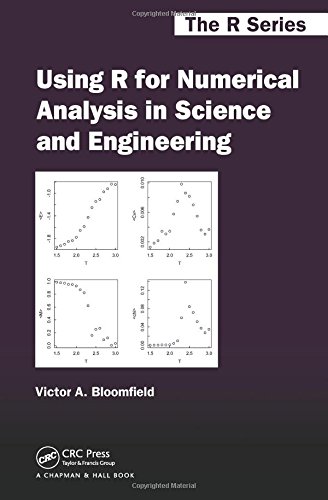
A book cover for Using R for Numerical Analysis in Science and Engineering (Chapman & Hall/CRC The R Series); Victor A. Bloomfield; Science & Math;